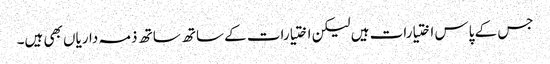
جس کے پاس اختیارات ہیں لیکن اختیارات کے ساتھ ساتھ ذمہ داریاں بھی ہیں۔